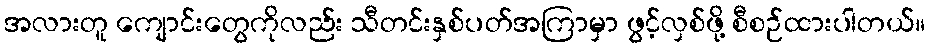
အလားတူ ကျောင်းတွေကိုလည်း သီတင်းနှစ်ပတ်အကြာမှာ ဖွင့်လှစ်ဖို့ စီစဉ်ထားပါတယ်။